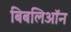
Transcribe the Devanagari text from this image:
बिबलिऑन